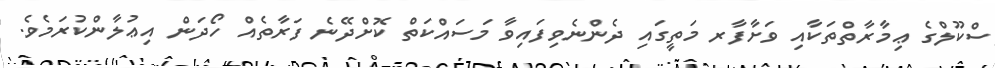
ސްކޫލްގެ ޢިމާރާތްތަކާއި ވަށާފާރ މަތީގައި ދެންނެވިފައިވާ މަސައްކަތް ކޮށްދޭނެ ފަރާތެއް ހޯދަން އިޢުލާންކުރަމެވެ.